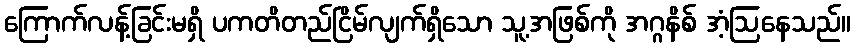
ကြောက်လန့်ခြင်းမရှိ ပကတိတည်ငြိမ်လျက်ရှိသော သူ့အဖြစ်ကို အဂ္ဂနိစ် အံ့ဩနေသည်။